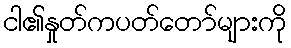
ငါ၏နှုတ်ကပတ်တော်များကို